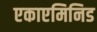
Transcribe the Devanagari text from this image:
एकाएमिनिड